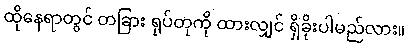
ထိုနေရာတွင် တခြား ရုပ်တုကို ထားလျှင် ရှိခိုးပါမည်လား။